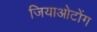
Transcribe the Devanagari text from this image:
जियाओटोंग